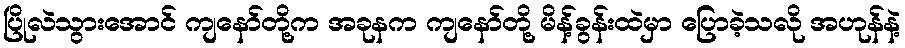
ပြိုလဲသွားအောင် ကျနော်တို့က အခုနက ကျနော်တို့ မိန့်ခွန်းထဲမှာ ပြောခဲ့သလို အဟုန်နဲ့